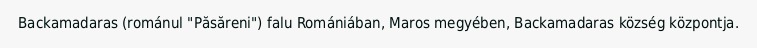
Backamadaras (románul "Păsăreni") falu Romániában, Maros megyében, Backamadaras község központja.